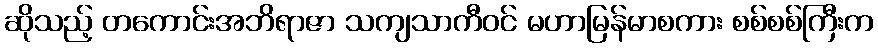
ဆိုသည့် တကောင်းအဘိရာဇာ သကျသာကီဝင် မဟာမြန်မာစကား စစ်စစ်ကြီးက